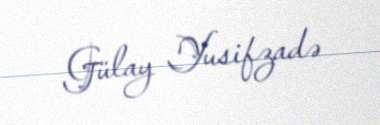
Gülay Yusifzadə